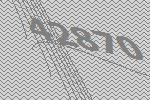
42870